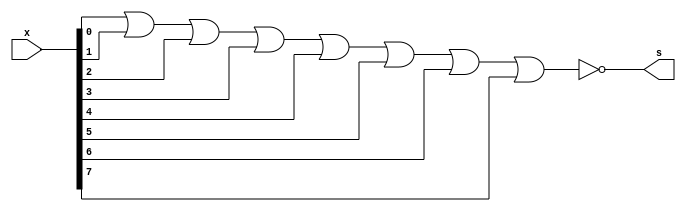
// Exercicio 11 (Extra)
// Wadson Gomes Ferreira
// 460631

module onebit(output s, input[7:0] x);
       assign s = ~(x[0] | x[1] | x[2] | x[3] | x[4] | x[5] | x[6] | x[7]);
endmodule

module teste;
       reg[7:0] a=8'b00001111;
       wire s;
       onebit B1(s,a);
       initial begin
               #1
                 $display("Exercicio11 Extra - Wadson Gomes Ferreira - 460631");
                 $monitor("a=%b => s=%b",a,s);
               #1 a=8'b1;
               #1 a=8'haa;
               #1 a=8'b00000000;
       end
endmodule